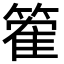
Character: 篧